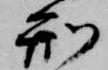
刑